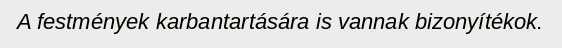
A festmények karbantartására is vannak bizonyítékok.